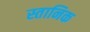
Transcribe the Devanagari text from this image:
स्तानिक